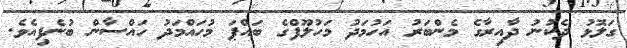
ގަލޮޅު ދެކުނު ދާއިރާގެ މެންބަރު އަހުމަދު މަހުލޫފްގެ ބައްޕަ މުހައްމަދު ހައްސާން ބުނެފިއެވެ.